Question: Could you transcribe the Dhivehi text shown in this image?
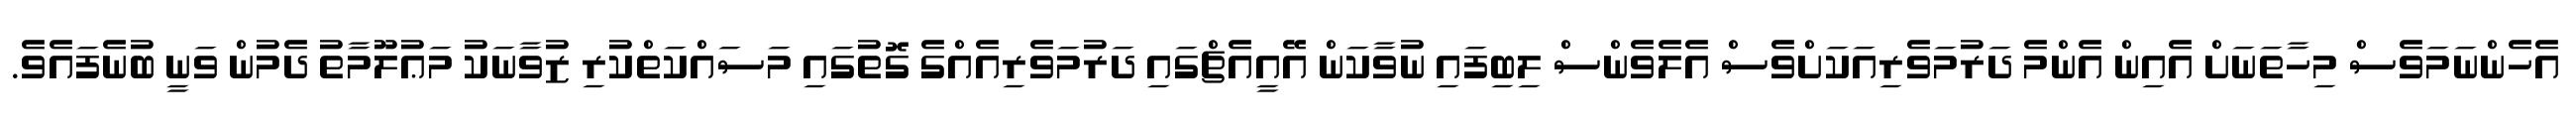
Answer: އެހެންނަމަވެސް މިހާތަނަށް އެއިން އެންމެ ދަރުމަވެރިއަކަށްވެސް އެލެވެންސް ލިބިފައި ނުވާކަން އޭއީއެޗްގައި ދަރުމަވެރިއެއްގެ ގޮތުގައި މަސައްކަތްކުރި ޒުވާނަކު މަޢުލޫމާތު ދެމުން ވަނީ ބުނެފައެވެ.